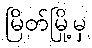
မြိတ်မြို့မှ